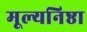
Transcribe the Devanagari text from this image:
मूल्यनिष्ठा